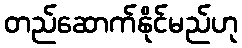
တည်ဆောက်နိုင်မည်ဟု